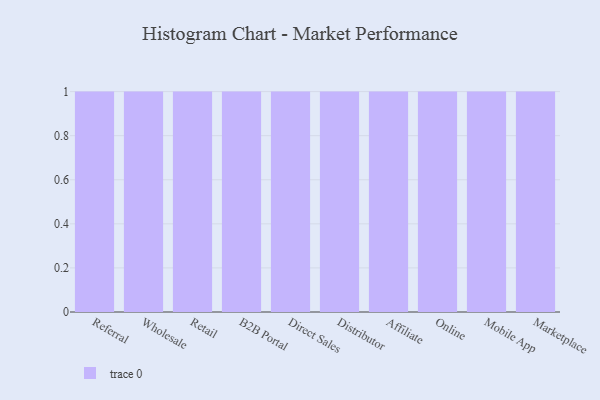
{"axis": {"x": "Channel", "y": "Tickets Resolved"}, "legend": [""], "data": [{"x": "Referral", "y": 31, "type": ""}, {"x": "Wholesale", "y": 46, "type": ""}, {"x": "Retail", "y": 13, "type": ""}, {"x": "B2B Portal", "y": 68, "type": ""}, {"x": "Direct Sales", "y": 58, "type": ""}, {"x": "Distributor", "y": 84, "type": ""}, {"x": "Affiliate", "y": 23, "type": ""}, {"x": "Online", "y": 8, "type": ""}, {"x": "Mobile App", "y": 11, "type": ""}, {"x": "Marketplace", "y": 56, "type": ""}]}